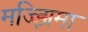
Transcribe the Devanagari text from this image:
मज्झिमा